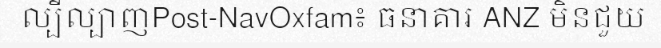
ល្បីល្បាញPost-NavOxfam៖ ធនាគារ ANZ មិនជួយ